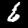
Digit: 6